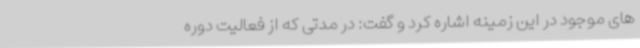
های موجود در این زمینه اشاره کرد و گفت: در مدتی که از فعالیت دوره